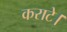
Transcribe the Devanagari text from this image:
कराटे।